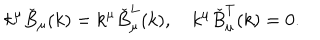
k ^ { \mu } \check { B } _ { \mu } ( k ) = k ^ { \mu } \check { B } _ { \mu } ^ { L } ( k ) , \quad k ^ { \mu } \check { B } _ { \mu } ^ { T } ( k ) = 0 .